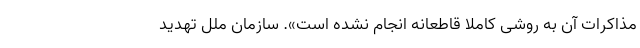
مذاکرات آن به روشی کاملاً قاطعانه انجام نشده است». سازمان ملل تهدید